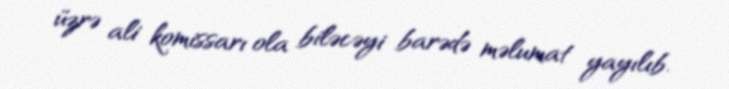
üzrə ali komissarı ola biləcəyi barədə məlumat yayılıb.